Civil Veterinary Department. Madras. Admin. report 1926-33 - 1926-1933
Year: 1926
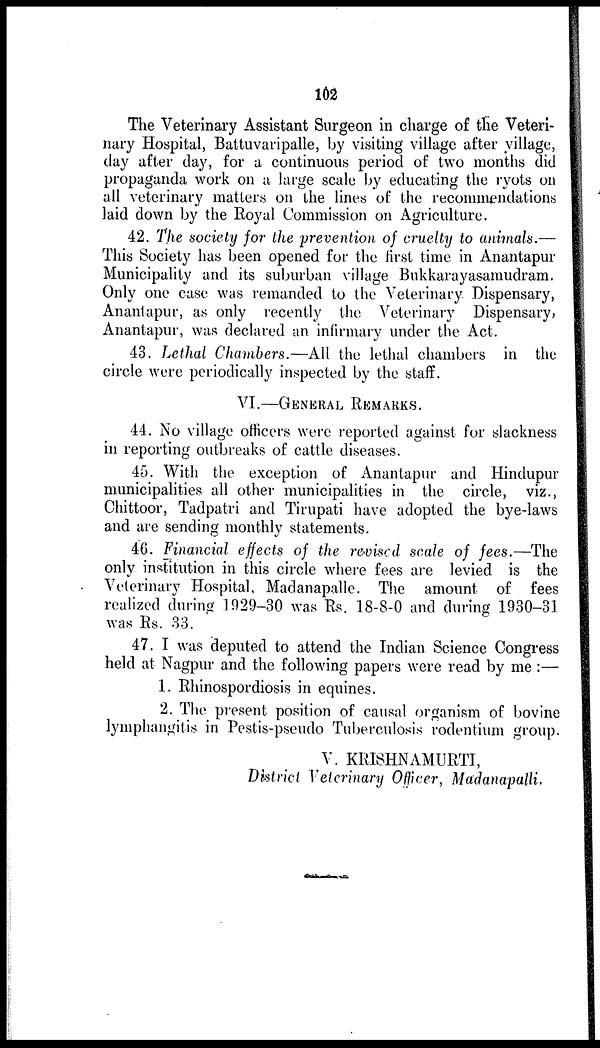
102
The Veterinary Assistant Surgeon in charge of the Veteri-
nary Hospital, Battuvaripalle, by visiting village after village,
day after day, for a continuous period of two months did
propaganda work on a large scale by educating the ryots on
all veterinary matters on the lines of the recommendations
laid down by the Royal Commission on Agriculture.
42. The society for the prevention of cruelty to animals.—
This Society has been opened for the first time in Anantapur
Municipality and its suburban village Bukkarayasamudram.
Only one case was remanded to the Veterinary Dispensary,
Anantapur, as only recently the Veterinary Dispensary,
Anantapur, was declared an infirmary under the Act.
43. Lethal Chambers.—All the lethal chambers in the
circle were periodically inspected by the staff.
VI.—GENERAL REMARKS.
44. No village officers were reported against for slackness
in reporting outbreaks of cattle diseases.
45. With the exception of Anantapur and Hindupur
municipalities all other municipalities in the circle, viz.,
Chittoor, Tadpatri and Tirupati have adopted the bye-laws
and are sending monthly statements.
46. Financial effects of the revised scale of fees.—The
only institution in this circle where fees are levied is the
Veterinary Hospital, Madanapalle. The amount of fees
realized during 1929-30 was Rs. 18-8-0 and during 1930-31
was Rs. 33.
47. I was deputed to attend the Indian Science Congress
held at Nagpur and the following papers were read by me :—
1. Rhinospordiosis in equines.
2. The present position of causal organism of bovine
lymphangitis in Pestis-pseudo Tuberculosis rodentium group.
V. KRISHNAMURTI,
District Veterinary Officer, Madanapalli.